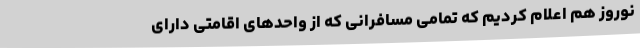
نوروز هم اعلام کردیم که تمامی مسافرانی که از واحدهای اقامتی دارای